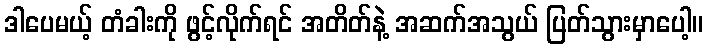
ဒါပေမယ့် တံခါးကို ဖွင့်လိုက်ရင် အတိတ်နဲ့ အဆက်အသွယ် ပြတ်သွားမှာပေါ့။